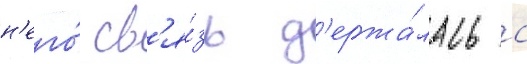
н'его́ св'я́зь д'ержа́лась с